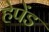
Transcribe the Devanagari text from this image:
हेपेंड